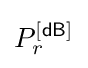
P_{r}^{\mathsf {[dB]}}